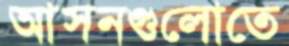
আসনগুলোতে